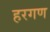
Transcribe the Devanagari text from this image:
हरगण